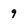
Character: 9